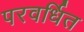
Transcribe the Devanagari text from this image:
परवर्धित